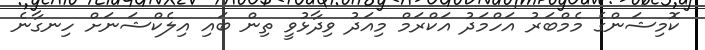
ކޮމިޝަންގެ މެމްބަރު އަހްމަދު އަކްރަމް މިއަދު ވިދާޅުވީ ތިން ބައި އިލެކްޝަނަށް ހިނގާނެ